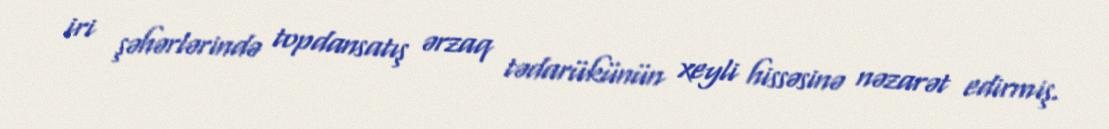
iri şəhərlərində topdansatış ərzaq tədarükünün xeyli hissəsinə nəzarət edirmiş.